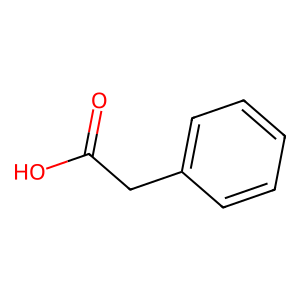
SMILES: O=C(O)Cc1ccccc1
Inhibits HIV replication: No